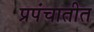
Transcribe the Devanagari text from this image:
प्रपंचातीत